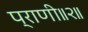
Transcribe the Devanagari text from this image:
प्राणी॥२॥